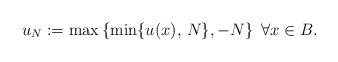
LaTeX: \begin{align*}u_{N}:= \max \left\{ \min \{u(x), \, N\}, -N \right\} \,\, \forall x \in B.\end{align*}